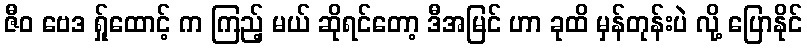
ဇီဝ ဗေဒ ရ်ှုထောင့် က ကြည့် မယ် ဆိုရင်တော့ ဒီအမြင် ဟာ ခုထိ မှန်တုန်းပဲ လို့ ပြောနိုင်